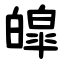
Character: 皡